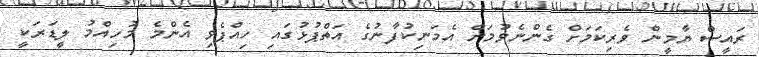
ރައީސް ޔާމީން ވެރިކަމަށް ގެންނެވުމަށް އެމަނިކުފާނުގެ އަތްޕުޅުގައި ހިއްޕެވި އެންމެ މުހިއްމު ލީޑަރަކީ